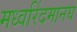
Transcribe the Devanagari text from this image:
मध्वरिंदमानघ